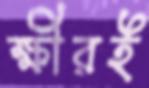
ক্ষীরই